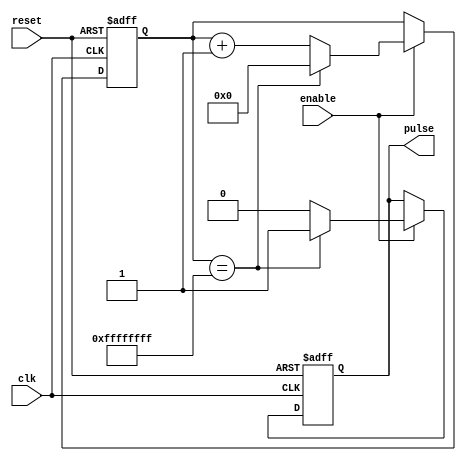
module periodic_timer(
  input wire clk,
  input wire reset,
  input wire enable,
  output reg pulse
);

reg [31:0] counter;

always @(posedge clk or posedge reset) begin
  if (reset) begin
    counter <= 0;
    pulse <= 0;
  end
  else if (enable) begin
    if (counter == 32'hFFFF_FFFF) begin
      counter <= 0;
      pulse <= 1;
    end
    else begin
      counter <= counter + 1;
      pulse <= 0;
    end
  end
end

endmodule